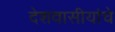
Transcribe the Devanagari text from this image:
देशवासीयांचे